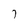
Character: 7